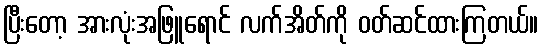
ပြီးတော့ အားလုံးအဖြူရောင် လက်အိတ်ကို ဝတ်ဆင်ထားကြတယ်။